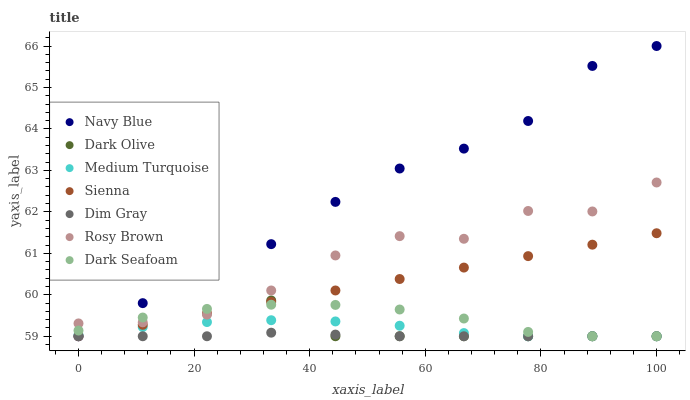
| xaxis_label | Navy Blue | Dark Olive | Medium Turquoise | Sienna | Dim Gray | Rosy Brown | Dark Seafoam |
 | --- | --- | --- | --- | --- | --- | --- | --- |
 | 0 | 59 | 61.2 | 59 | 59 | 59 | 59.3 | 59.1 |
 | 11.1 | 59.8 | 61.3 | 59.2 | 59.3 | 59 | 59.3 | 59.5 |
 | 22.2 | 60.7 | 60.9 | 59.3 | 59.6 | 59 | 59.5 | 59.7 |
 | 33.3 | 61.2 | 59.9 | 59.4 | 59.8 | 59.1 | 60.1 | 59.8 |
 | 44.4 | 62.2 | 59 | 59.4 | 60.1 | 59 | 60.9 | 59.8 |
 | 55.6 | 63 | 59 | 59.3 | 60.4 | 59 | 61.4 | 59.6 |
 | 66.7 | 63.5 | 59 | 59.1 | 60.7 | 59 | 61.4 | 59.4 |
 | 77.8 | 64.2 | 59 | 59 | 60.9 | 59 | 62 | 59.1 |
 | 88.9 | 65.5 | 59 | 59 | 61.2 | 59 | 62 | 59 |
 | 100 | 66 | 59 | 59 | 61.5 | 59 | 62.7 | 59 |